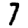
Digit: 7